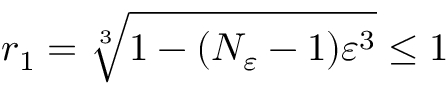
r _ { 1 } = \sqrt [ 3 ] { 1 - ( N _ { \varepsilon } - 1 ) \varepsilon ^ { 3 } } \leq 1